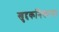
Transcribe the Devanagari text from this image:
खुद्दकनिकाय।